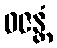
ဝဇန္တံ